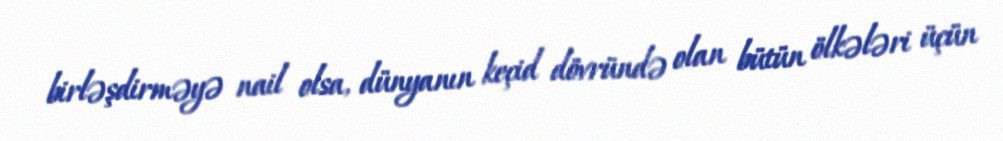
birləşdirməyə nail olsa, dünyanın keçid dövründə olan bütün ölkələri üçün